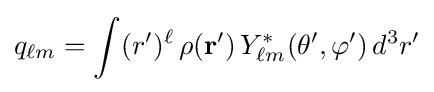
q_{\ell m}=\int (r')^{\ell }\,\rho (\mathbf {r'} )\,Y_{\ell m}^{*}(\theta ',\varphi ')\,d^{3}r'